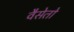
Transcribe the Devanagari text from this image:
वैसेतो